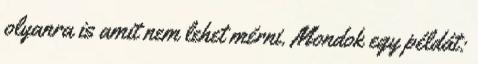
olyanra is amit nem lehet mérni. Mondok egy példát: